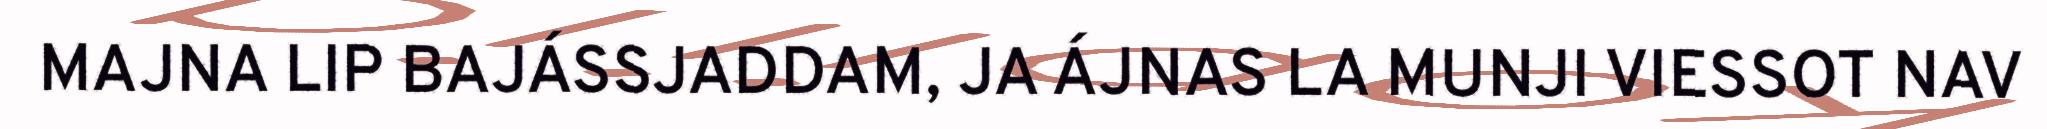
MAJNA LIP BAJÁSSJADDAM, JA ÁJNAS LA MUNJI VIESSOT NAV